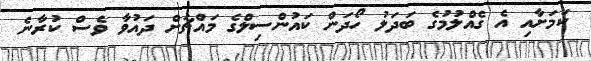
ކަމަށާއި އެ ގެއްލުމުގެ ބަދަލު ހޯދަން ކައުންސިލްގެ މައްޗަށް ދައުވާ ވެސް ކުރާނެ